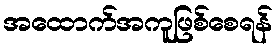
အထောက်အကူဖြစ်စေရန်